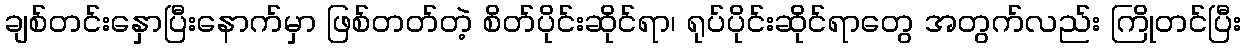
ချစ်တင်းနှောပြီးနောက်မှာ ဖြစ်တတ်တဲ့ စိတ်ပိုင်းဆိုင်ရာ၊ ရုပ်ပိုင်းဆိုင်ရာတွေ အတွက်လည်း ကြိုတင်ပြီး